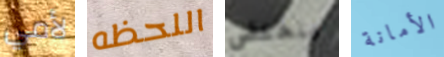
لأمي اللحظه ينخفض الأمانة